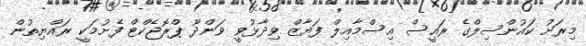
މިރަށު ކައުންސިލްގެ ރައީސް އިސްމާއިލް ފަޔާޒް ވިދާޅުވީ ވަންދޫ ޕްރޮޖެކްޓް ފެށުމަކީ ރައްޔިތުން